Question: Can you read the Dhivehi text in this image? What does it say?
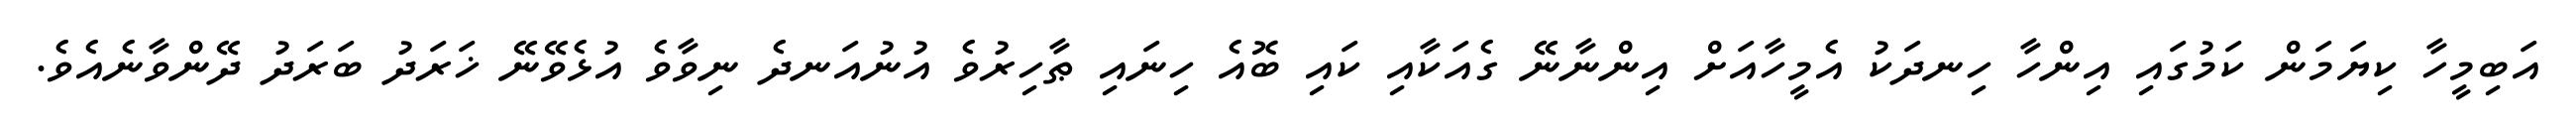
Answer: އަބިމީހާ ކިޔަމަން ކަމުގައި އިންހާ ހިނދަކު އެމީހާއަށް އިންނާނޭ ގެއަކާއި ކައި ބޮއެ ހިނައި ޠާހިރުވެ އުނުއަނދެ ނިވާވެ އުޅެވޭނޭ ޚަރަދު ބަރަދު ދޭންވާނެއެވެ.